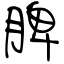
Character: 脾